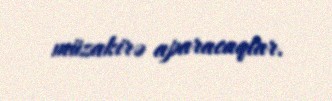
müzakirə aparacaqlar.